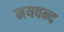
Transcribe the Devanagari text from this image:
मयवन्द